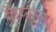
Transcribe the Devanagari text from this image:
कैप्सूल।